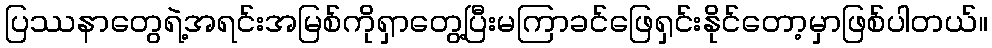
ပြဿနာတွေရဲ့အရင်းအမြစ်ကိုရှာတွေ့ပြီးမကြာခင်ဖြေရှင်းနိုင်တော့မှာဖြစ်ပါတယ်။